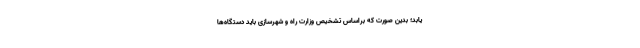
یابد؛ بدین صورت که براساس تشخیص وزارت راه و شهرسازی باید دستگاه‌ها